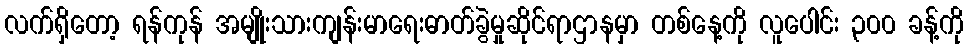
လက်ရှိတော့ ရန်ကုန် အမျိုးသားကျန်းမာရေးဓာတ်ခွဲမှုဆိုင်ရာဌာနမှာ တစ်နေ့ကို လူပေါင်း ၃၀၀ ခန့်ကို